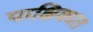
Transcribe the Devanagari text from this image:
पाक्षिकात